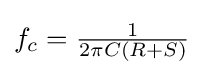
f_{c}={\tfrac {1}{2\pi C(R+S)}}